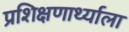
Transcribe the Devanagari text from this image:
प्रशिक्षणार्थ्याला